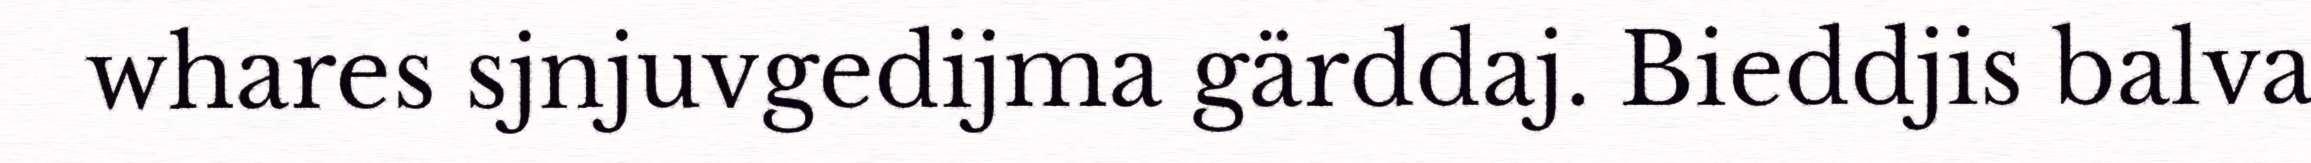
whares sjnjuvgedijma gärddaj. Bieddjis balva